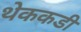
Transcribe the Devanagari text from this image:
थेककडी